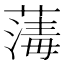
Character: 𦺇